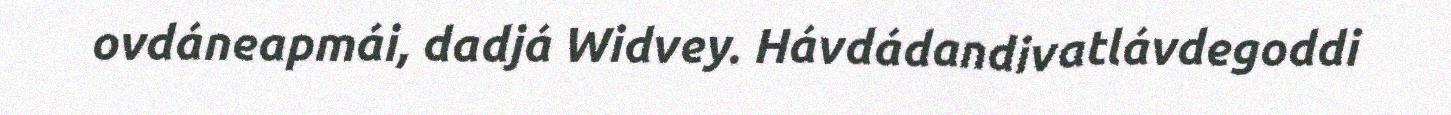
ovdáneapmái, dadjá Widvey. Hávdádandivatlávdegoddi